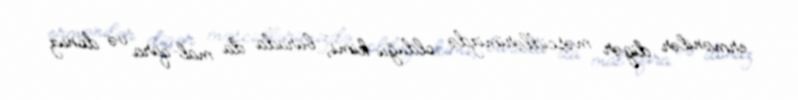
ermənilər digər məscidlərimizdə olduğu kimi, burada da mal-qara və donuz